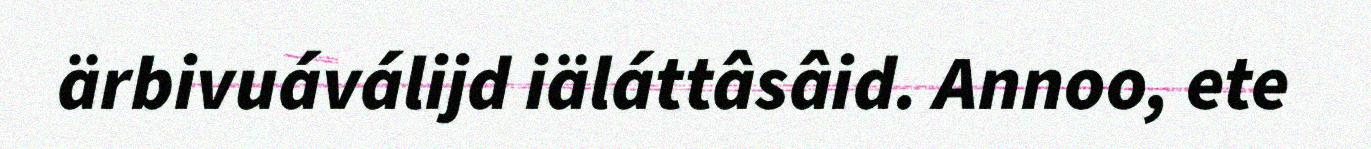
ärbivuáválijd iäláttâsâid. Annoo, ete